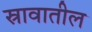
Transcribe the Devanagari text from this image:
स्रावातील